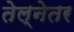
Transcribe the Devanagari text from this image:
तेल्नेतर